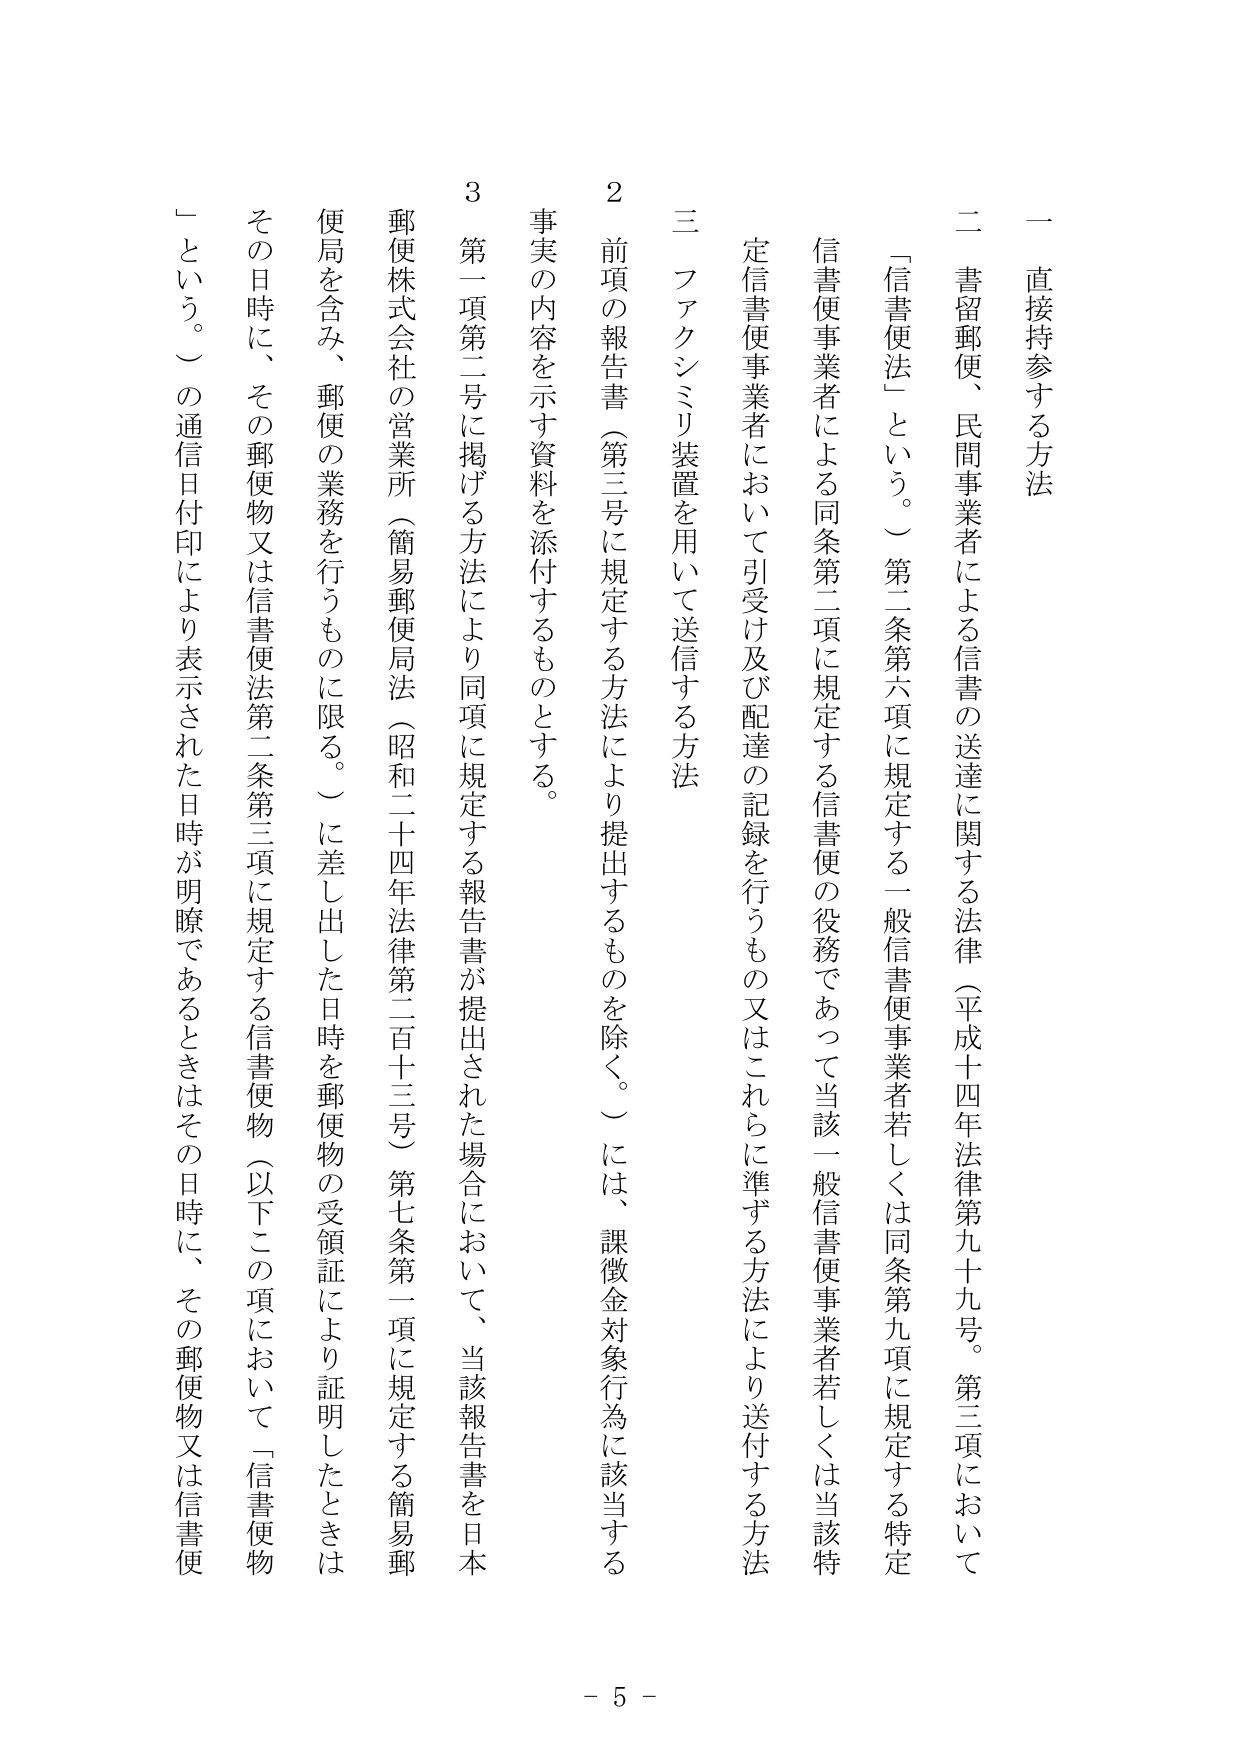
一 直接持参する方法

二 書留郵便、民間事業者による信書の送達に関する法律（平成十四年法律第九十九号。第三項において「信書便法」という。）第二条第六項に規定する一般信書便事業者若しくは同条第九項に規定する特定信書便事業者による同条第二項に規定する信書便の役務であって当該一般信書便事業者若しくは当該特定信書便事業者において引受け及び配達の記録を行うもの又はこれらに準ずる方法により送付する方法

三 ファクシミリ装置を用いて送信する方法

２ 前項の報告書（第三号に規定する方法により提出するものを除く。）には、課徴金対象行為に該当する事実の内容を示す資料を添付するものとする。

３ 第一項第二号に掲げる方法により同項に規定する報告書が提出された場合において、当該報告書を日本郵便株式会社の営業所（簡易郵便局法（昭和二十四年法律第二百十三号）第七条第一項に規定する簡易郵便局を含み、郵便の業務を行うものに限る。）に差出した日時を郵便物の受領証により証明したときは、その日時に、その郵便物又は信書便法第二条第三項に規定する信書便物（以下この項において「信書便物」という。）の通信日付印により表示された日時が明瞭であるときはその日時に、その郵便物又は信書便

- 5 -